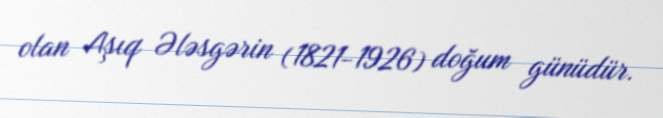
olan Aşıq Ələsgərin (1821-1926) doğum günüdür.